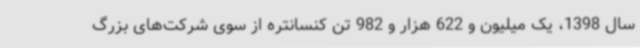
سال 1398، یک میلیون و 622 هزار و 982 تن کنسانتره از سوی شرکت‌های بزرگ